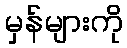
မှန်များကို